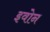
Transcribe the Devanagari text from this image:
इवोन